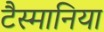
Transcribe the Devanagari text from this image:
टैस्मानिया